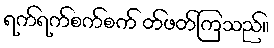
ရက်ရက်စက်စက် တ်ဖတ်ကြသည်။